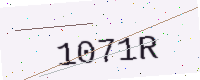
Text: 1071R